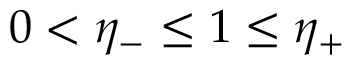
0 < \eta _ { - } \leq 1 \leq \eta _ { + }